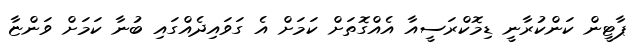
ޕާޓީން ކަންކުރާނީ ޑިމޮކްރަސީއާ އެއްގޮތަށް ކަމަށް އެ ގަވައިދެއްގައި ބުނާ ކަމަށް ވަންޏާ